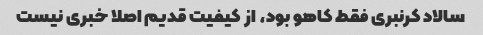
سالاد کرنبری فقط کاهو بود، از کیفیت قدیم اصلا خبری نیست